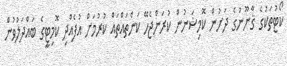
ކޯޓުތަކުގެ ޤާނޫނުގެ ދަށުން ކޮމިޝަނުން ކުރަންޖެހޭ ކަންތައްތައް ކުރުމަށް އުފެއްދި ކޮމިޓީގެ ބައްދަލުވުން